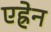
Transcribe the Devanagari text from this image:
एह्रेन